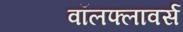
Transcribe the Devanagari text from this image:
वॉलफ्लावर्स